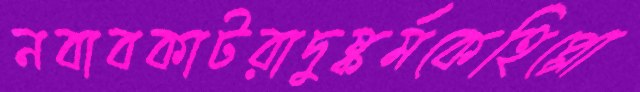
নবাবকাটরাদুষ্কর্মকেহিপ্পো